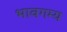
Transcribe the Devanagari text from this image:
भावगम्य